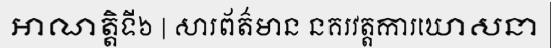
អាណត្តិទី៦ | សារព័ត៌មាន នគរវត្តការឃោសនា